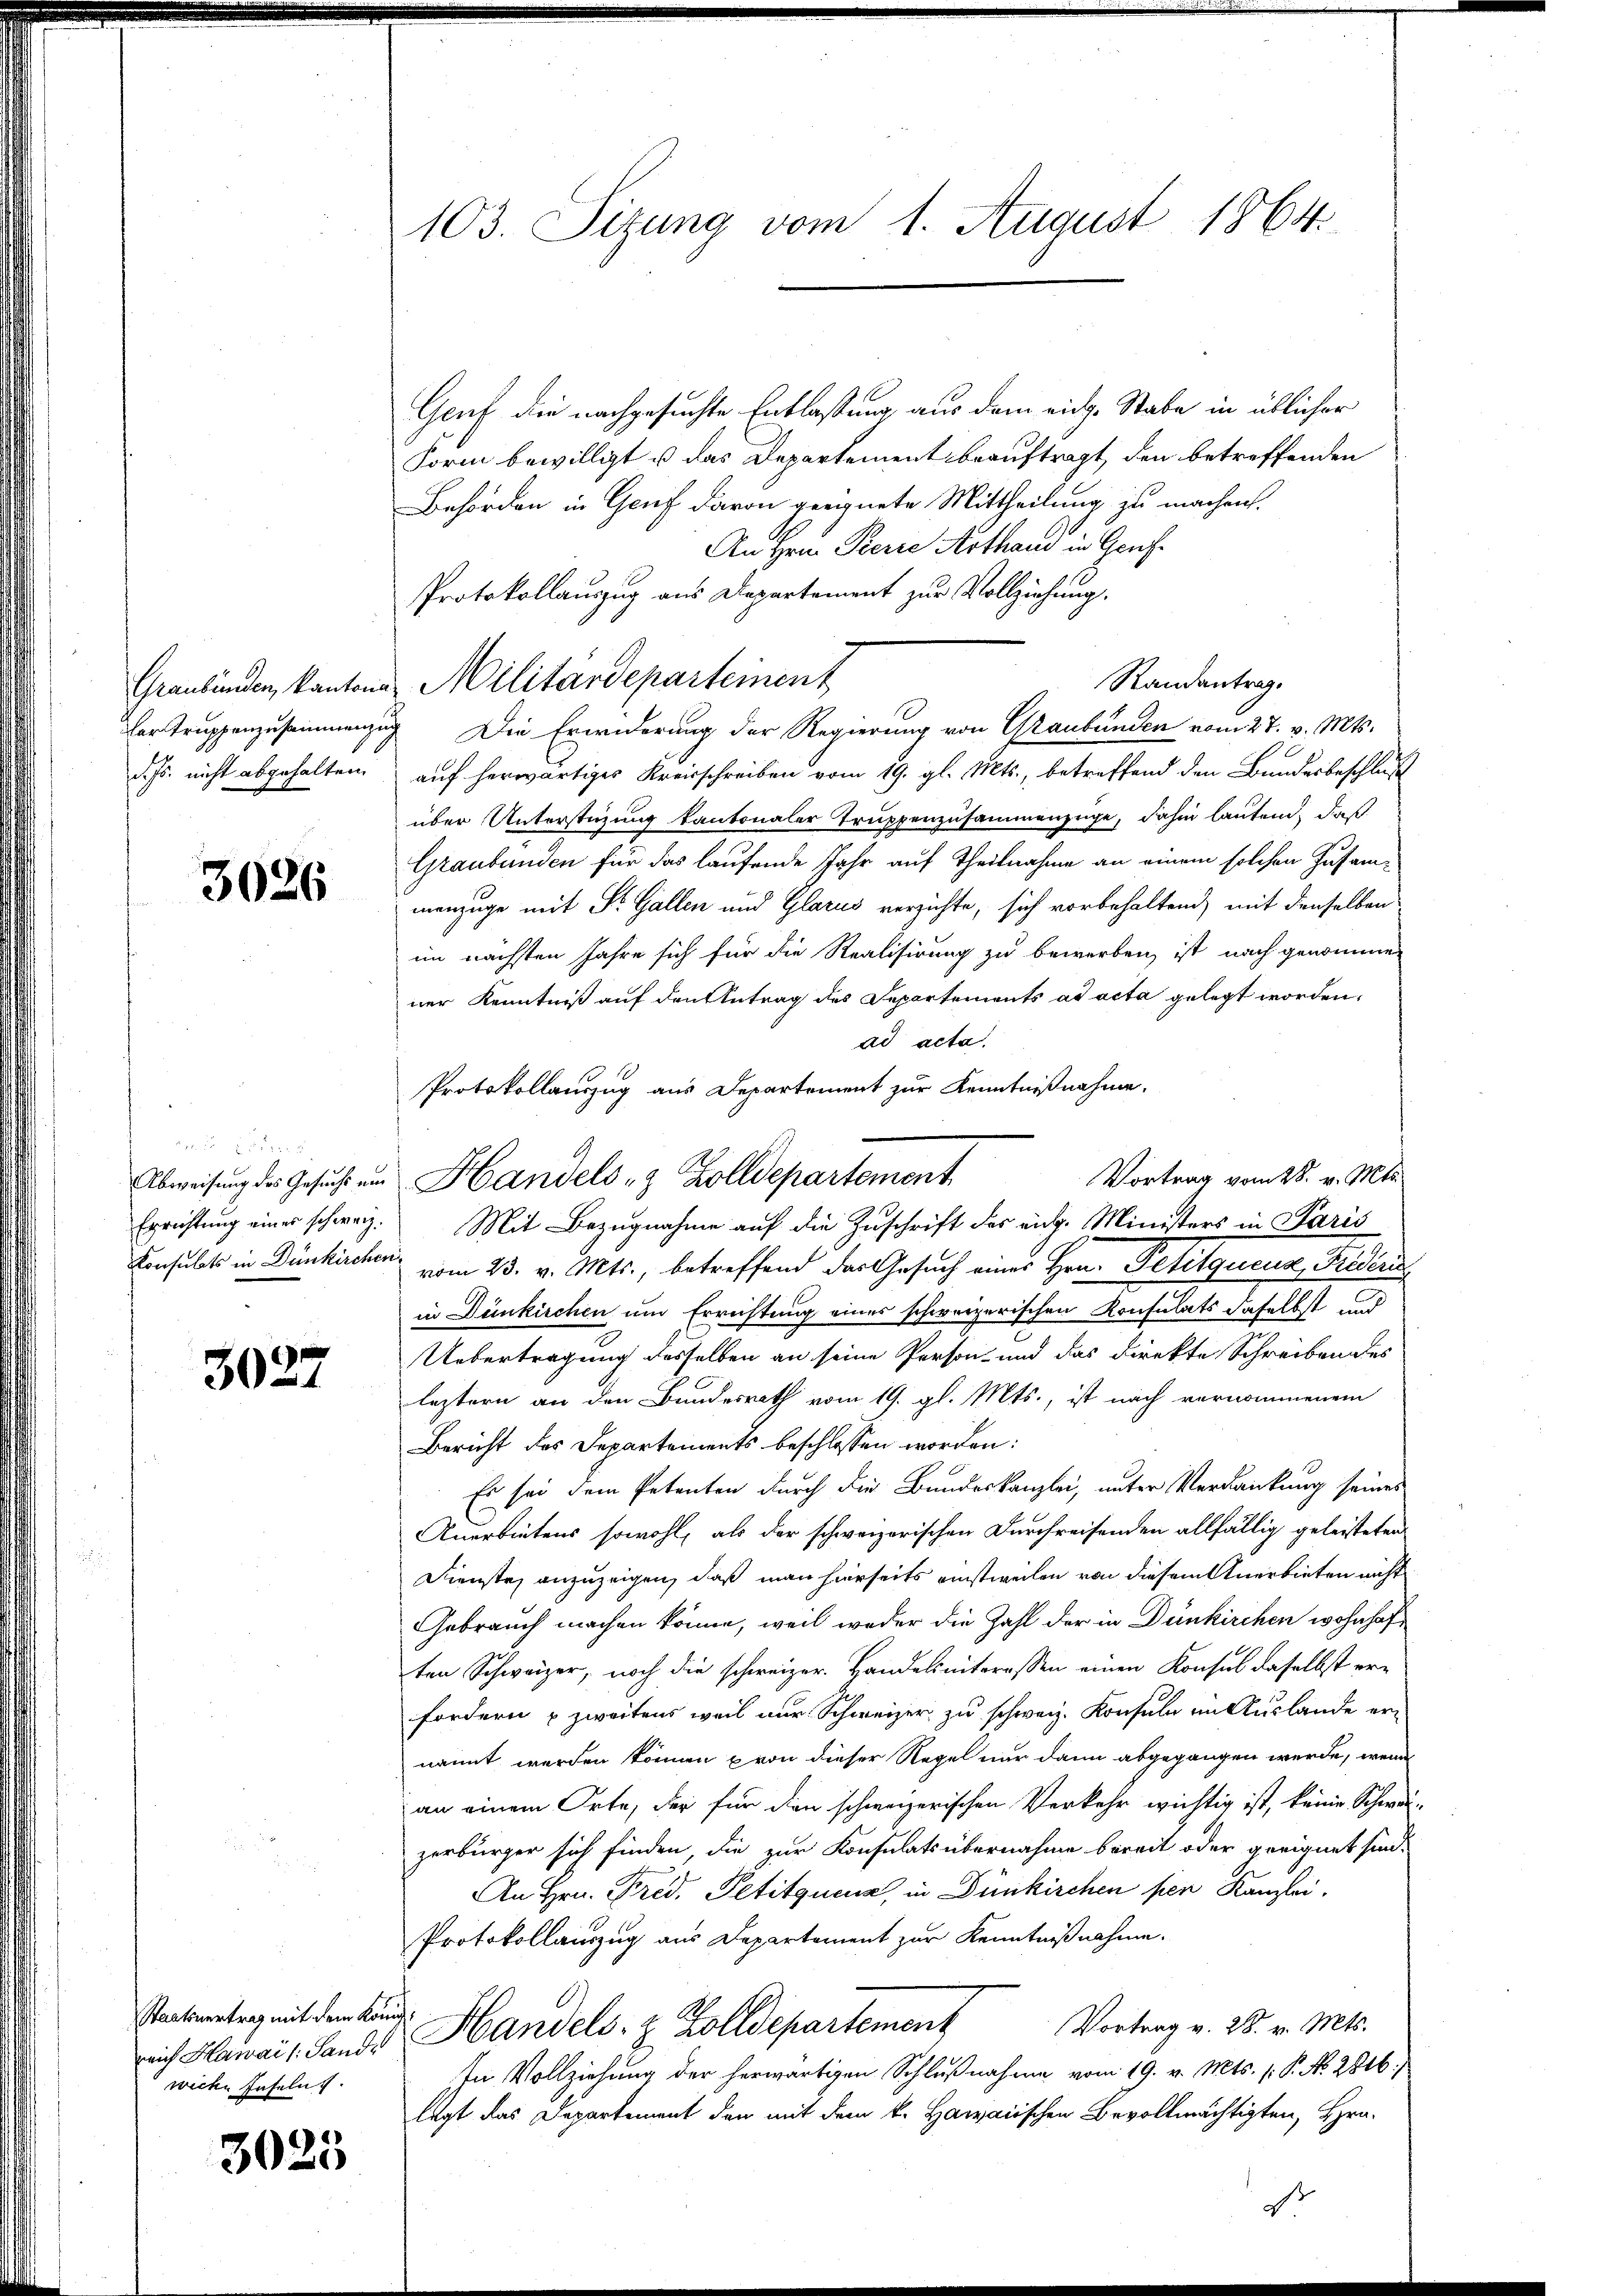
3026

3027

Staatsvertrag mit dem König.
wicke Haseln.

3025

103. Sitzung vom 1. August 1864.

Genf die nachgesuchte Entlaßung aus dem eidg. Stabe in üblicher
Form bewilligt u das Departement beauftragt, den betreffenden
Behörden in Genf davon geeignete Mittheilung zu machen.
An Hrn. Pierre Arthand in Genf
Protokollauszug aus Departement zur Vollziehung.
Randantrag.
der Truppenzusammenzug. Die Erwiderung der Regierung von Graubünden vom 27. v. Mts.
d. Js. nicht abgehalten auf herwärtiges Kreisschreiben vom 19. gl. Mts., betreffend den Bundesbeschluß
über Unterstüzung kantonaler Truppenzusammenzüge, dahin lautend, daß
Graubünden für das laufende Jahr auf Theilnahme an einem solchen Zusammenzüge mit St. Gallen und Glarus verzichte, sich vorbehaltend, mit denselben
im nächsten Jahre sich für die Realisirung zu bewerben, ist nach genommen
ner Kenntniß auf den Antrag des Departements ad acta gelegt worden,
ad acta.
Protokollauszug aus Departement zur Kenntnißnahme.
Vortrag vom 28. v. Mts.
Abweisung des Gesucht und Handels- & Zolldepartement
Errichtung eines schweiz. Mit Bezugnahme auf die Zuschrift des rich. Ministers in Paris
Konsulats in Dünkirchen vom 23. v. Mts., betreffend das Gesuch einer Hrn. Petitiquenz Frideris
in Dünkirchen um Errichtung eines schweizerischen Konsulats daselbst und
Ubertragung desselben an seine Person und das direkte Schreiben des
leztern an den Bundesrath vom 19. gl. Mts., ist nach vernommenem
Bericht des Departements beschlossen worden:
Es sei dem Petenten durch die Bundeskanzlei, unter Verdankung seines
Anerbietens sowohl, als der schweizerischen Durchreisenden allfällig geleisteten
Dienste, anzuzeigen, daß man hierseits einstweilen von diesem Anerbieten nicht
Gebrauch machen könne, weil weder die Zahl der in Dünkirchen wohnhaften Schweizer, noch die schweizer. Handelsiiteressen einen Konsul daselbst erfordern u zweitens weil nur Schweizer zu schweiz. Konsula in Auslande er-
nannt werden können von dieser Regel nur dann abgegangen werde, wenn
an einem Orte, der für den schweizerischen Verkehr wichtig ist, keine Schwei-
zerbürger sich finden, die zur Konsulats übernahme bereit oder geeignet sind.
An Hrn. Pred. Petitquenz, in Dünkirchen pen Kanzlei.
Protokollauszug aus Departement zur Kenntnißnahme.
Vortrag v. 28. v. Mts.
aich Hawai l. Sande Handels- & Zolldepartement
In Vollziehung der herwärtigen Schlußnahme vom 19. v. Mts. (: P. N. 2816
legt das Departement den mit dem k. Hawarischen Bevollmächtigten, Hrn.
d

Graubünden, kantone Militärdeparteinent